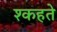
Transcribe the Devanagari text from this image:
श्कहते